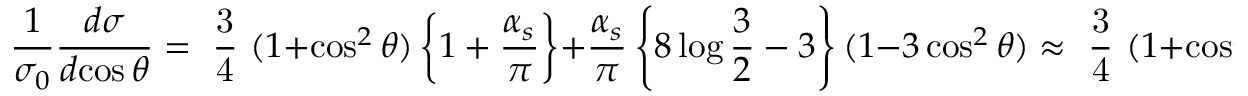
\frac 1 { \sigma _ { 0 } } \frac { d \sigma } { d \! \cos \theta } = \mathrm { ~ \frac 3 4 ~ } ( 1 + \cos ^ { 2 } \theta ) \left\{ 1 + \frac { \alpha _ { s } } { \pi } \right\} + \frac { \alpha _ { s } } { \pi } \left\{ 8 \log \frac 3 2 - 3 \right\} ( 1 - 3 \cos ^ { 2 } \theta ) \approx \mathrm { ~ \frac 3 4 ~ } ( 1 + \cos ^ { 2 } \theta ) + \frac { \alpha _ { s } } { \pi } ,